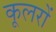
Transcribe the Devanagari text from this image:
कूलरों